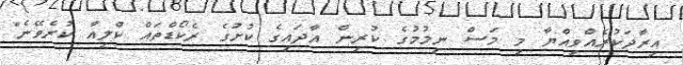
އިރާދަކުރެއްވިއްޔާ މި މަސް ނިމުމުގެ ކުރިން އާދައިގެ ކުށުގެ ރެކޯޑްތައް ކްލިއާ ކުރެވޭނެ"